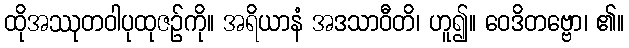
ထိုအဿုတဝါပုထုဇဉ်ကို။ အရိယာနံ အဒသာဝီတိ၊ ဟူ၍။ ဝေဒိတဗ္ဗော၊ ၏။